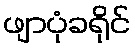
ဖျာပုံခရိုင်